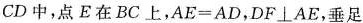
CD中，点E在BC上，$$AE=AD$$，$$DF\bot AE$$，垂足